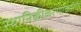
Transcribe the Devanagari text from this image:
स्थानिकीकरणाकरिता